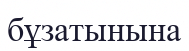
бұзатынына